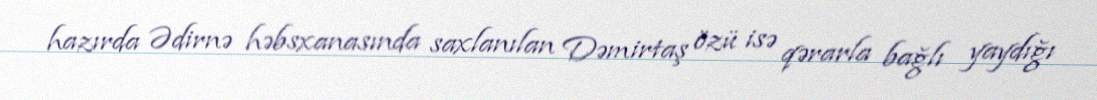
hazırda Ədirnə həbsxanasında saxlanılan Dəmirtaş özü isə qərarla bağlı yaydığı